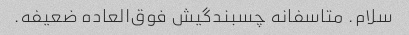
سلام. متاسفانه چسبندگیش فوق‌العاده ضعیفه.